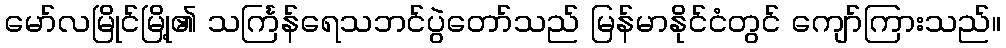
မော်လမြိုင်မြို့၏ သင်္ကြန်ရေသဘင်ပွဲတော်သည် မြန်မာနိုင်ငံတွင် ကျော်ကြားသည်။